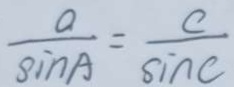
\frac { a } { \sin A } = \frac { c } { \sin C }